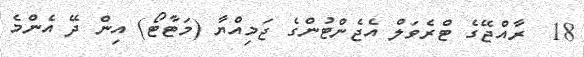
18  ރާއްޖޭގެ ޓްރެވަލް އެޖެންޓުންގެ ޖަމިއްޔާ (މަޓާޓޯ) އިން ދޭ އެންމެ